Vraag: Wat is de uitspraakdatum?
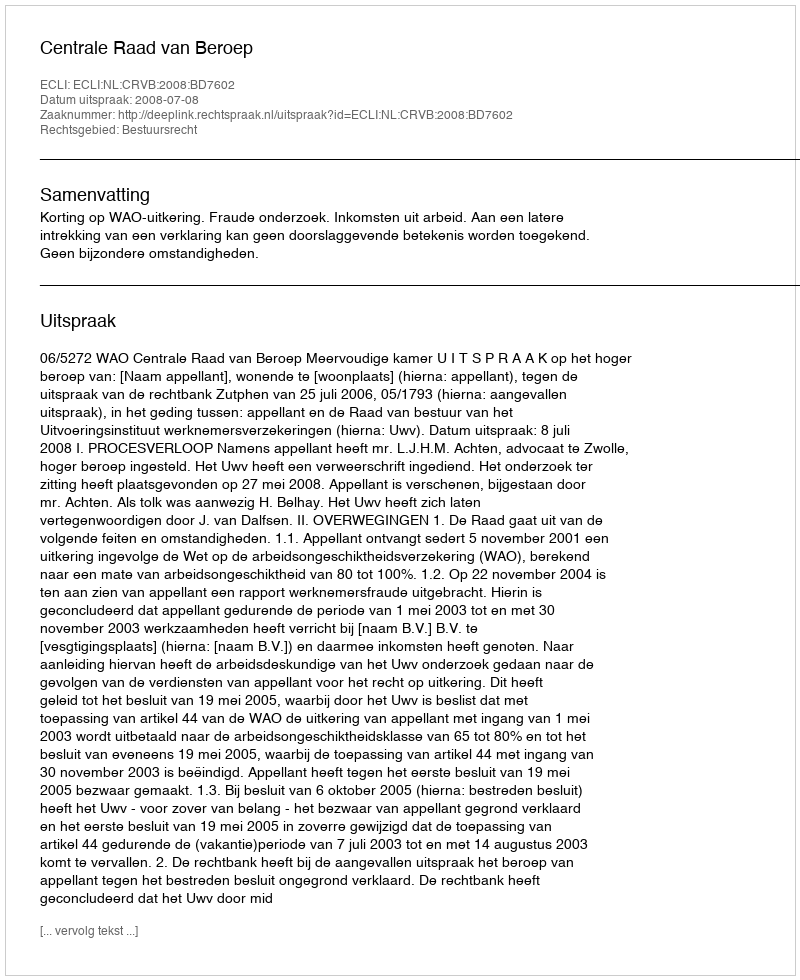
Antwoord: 2008-07-08